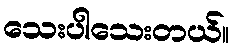
သေးပါသေးတယ်။